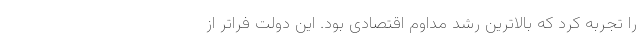
را تجربه کرد که بالاترین رشد مداوم اقتصادی بود. این دولت فراتر از